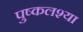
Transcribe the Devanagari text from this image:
पुष्कलश्या